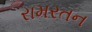
રામરતન